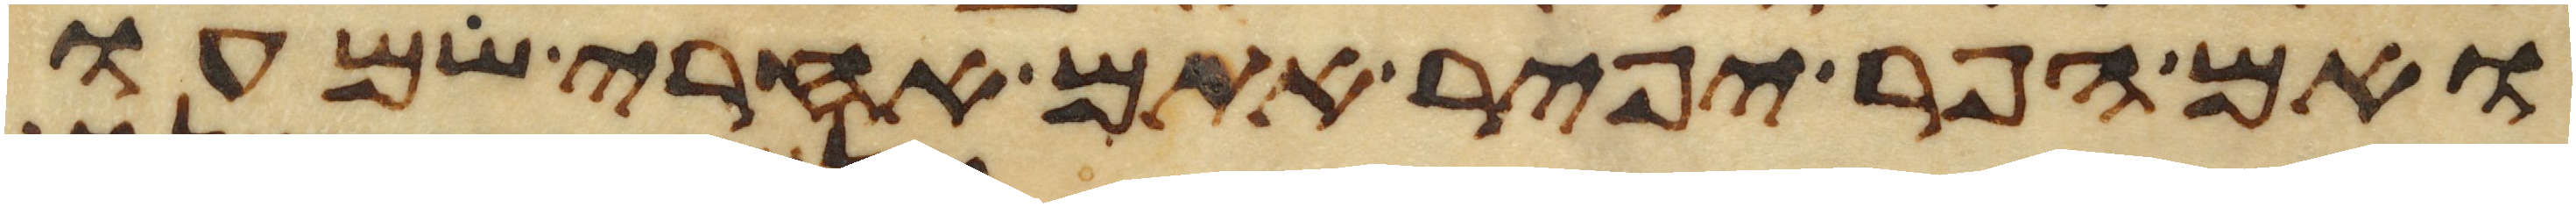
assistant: ואם הפר יפיר אתם אחרי שמעו